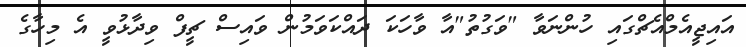
އައިޖީއެމްއެޗްގައި ހުންނަވާ "ވަގުތު"އާ ވާހަކަ ދައްކަވަމުން ވައިސް ޗީފް ވިދާޅުވީ އެ މިހާގެ